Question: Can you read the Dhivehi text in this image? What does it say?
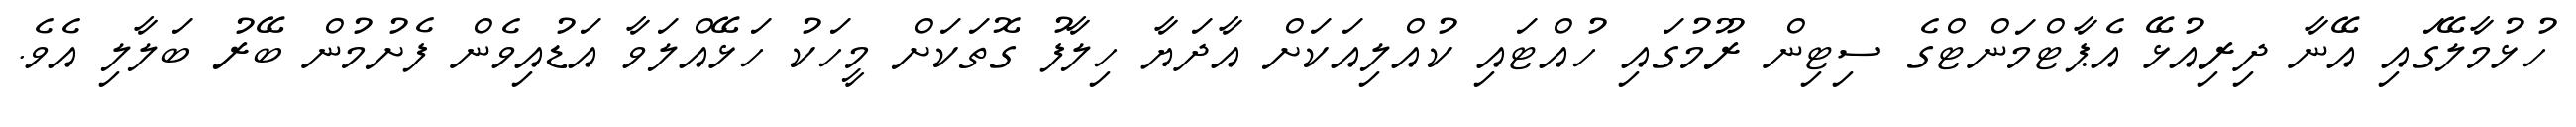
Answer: ހުޅުމާލޭގައި އޭނާ ދިރިއުޅޭ އެޕާޓްމަންޓްގެ ސިޓިން ރޫމުގައި ހުއްޓައި ކުއްލިއަކަށް އާދަޔާ ހިލާފު ގޮތަކަށް މީހަކު ހަޅޭއްލަވާ އަޑުއިވެން ފެށުމުން ބޭރު ބަލާލި އެވެ.